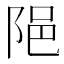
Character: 𨹝